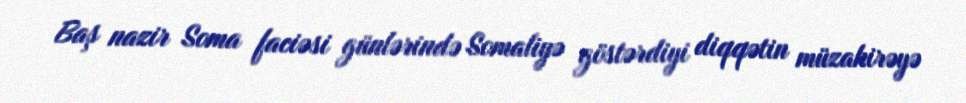
Baş nazir Soma faciəsi günlərində Somaliyə göstərdiyi diqqətin müzakirəyə